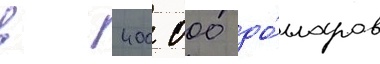
в 400 000 до́лларов